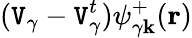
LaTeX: (\mathtt{V}_{\gamma}-\mathtt{V}_{\gamma}^{t})\psi_{\gamma\mathbf{{k}}}^{+}(\mathbf{{r}})